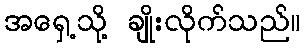
အရှေ့သို့ ချိုးလိုက်သည်။